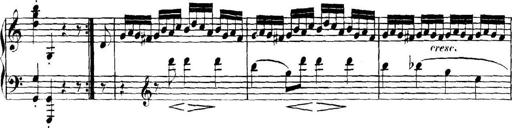
Title: Collected Piano Sonatas
Composer: Muzio Clementi